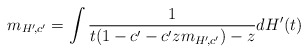
\begin{align*} m_{H'\!,c'}=\int \frac{1}{t(1-c'-c'zm_{H'\!,c'})-z}dH'(t)\end{align*}